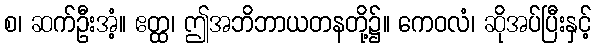
စ၊ ဆက်ဦးအံ့။ ဧတ္ထ၊ ဤအဘိဘာယတနတို့၌။ ကေဝလံ၊ ဆိုအပ်ပြီးနှင့်